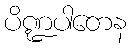
ပိဏ္ဍပါတေန